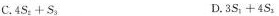
3.$$4 S _ { 2 } + S _ { 3 }$$ D.$$3 S _ { 1 } + 4 S _ { 3 }$$